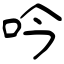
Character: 吟